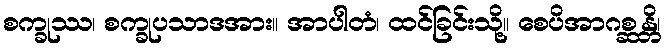
စက္ခုဿ၊ စက္ခုပသာဒအား။ အာပါတံ၊ ထင်ခြင်းသို့။ စေပိအာဂစ္ဆန္တိ၊